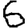
Digit: 6